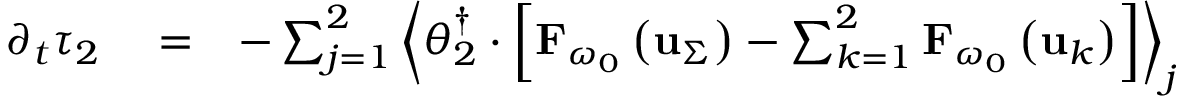
\begin{array} { r l r } { \partial _ { t } \tau _ { 2 } } & { { } = } & { - \sum _ { j = 1 } ^ { 2 } \left\langle \boldsymbol { \theta } _ { 2 } ^ { \dagger } \cdot \left[ { \bf F } _ { \omega _ { 0 } } \left( { \bf u } _ { \Sigma } \right) - \sum _ { k = 1 } ^ { 2 } { \bf F } _ { \omega _ { 0 } } \left( { \bf u } _ { k } \right) \right] \right\rangle _ { j } } \end{array}